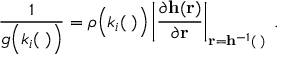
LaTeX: \frac { 1 } { g \Big ( k _ { i } ( { \bf \Phi } ) \Big ) } = \rho \Big ( k _ { i } ( { \bf \Phi } ) \Big ) \left| \frac { \partial { \bf h } ( { \bf r } ) } { \partial { \bf r } } \right| _ { { \bf r } = { \bf h } ^ { - 1 } ( { \bf \Phi } ) } \; .